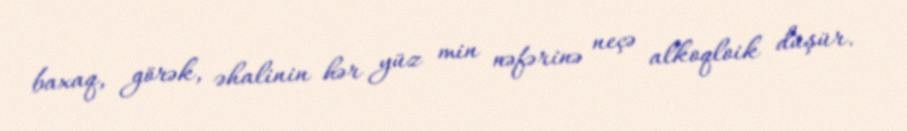
baxaq, görək, əhalinin hər yüz min nəfərinə neçə alkoqloik düşür.